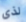
لذى